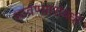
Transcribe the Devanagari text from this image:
धावण्यासंबंधी